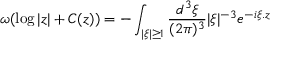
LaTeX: \omega ( \log | z | + C ( z ) ) = - \int _ { | \xi | \geq 1 } \frac { d ^ { 3 } \xi } { ( 2 \pi ) ^ { 3 } } | \xi | ^ { - 3 } e ^ { - i \xi . z }